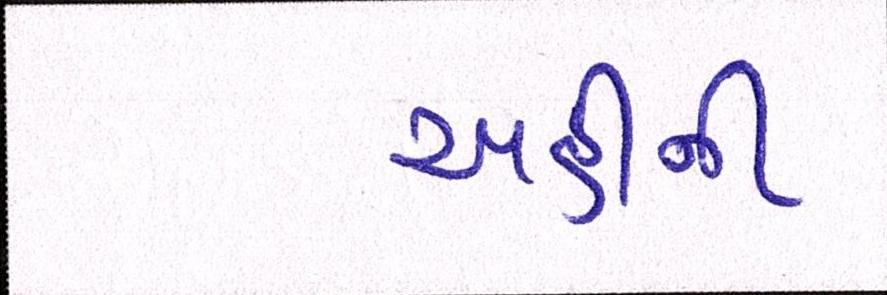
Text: અહીંની